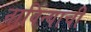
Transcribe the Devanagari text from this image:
नाविन्याची